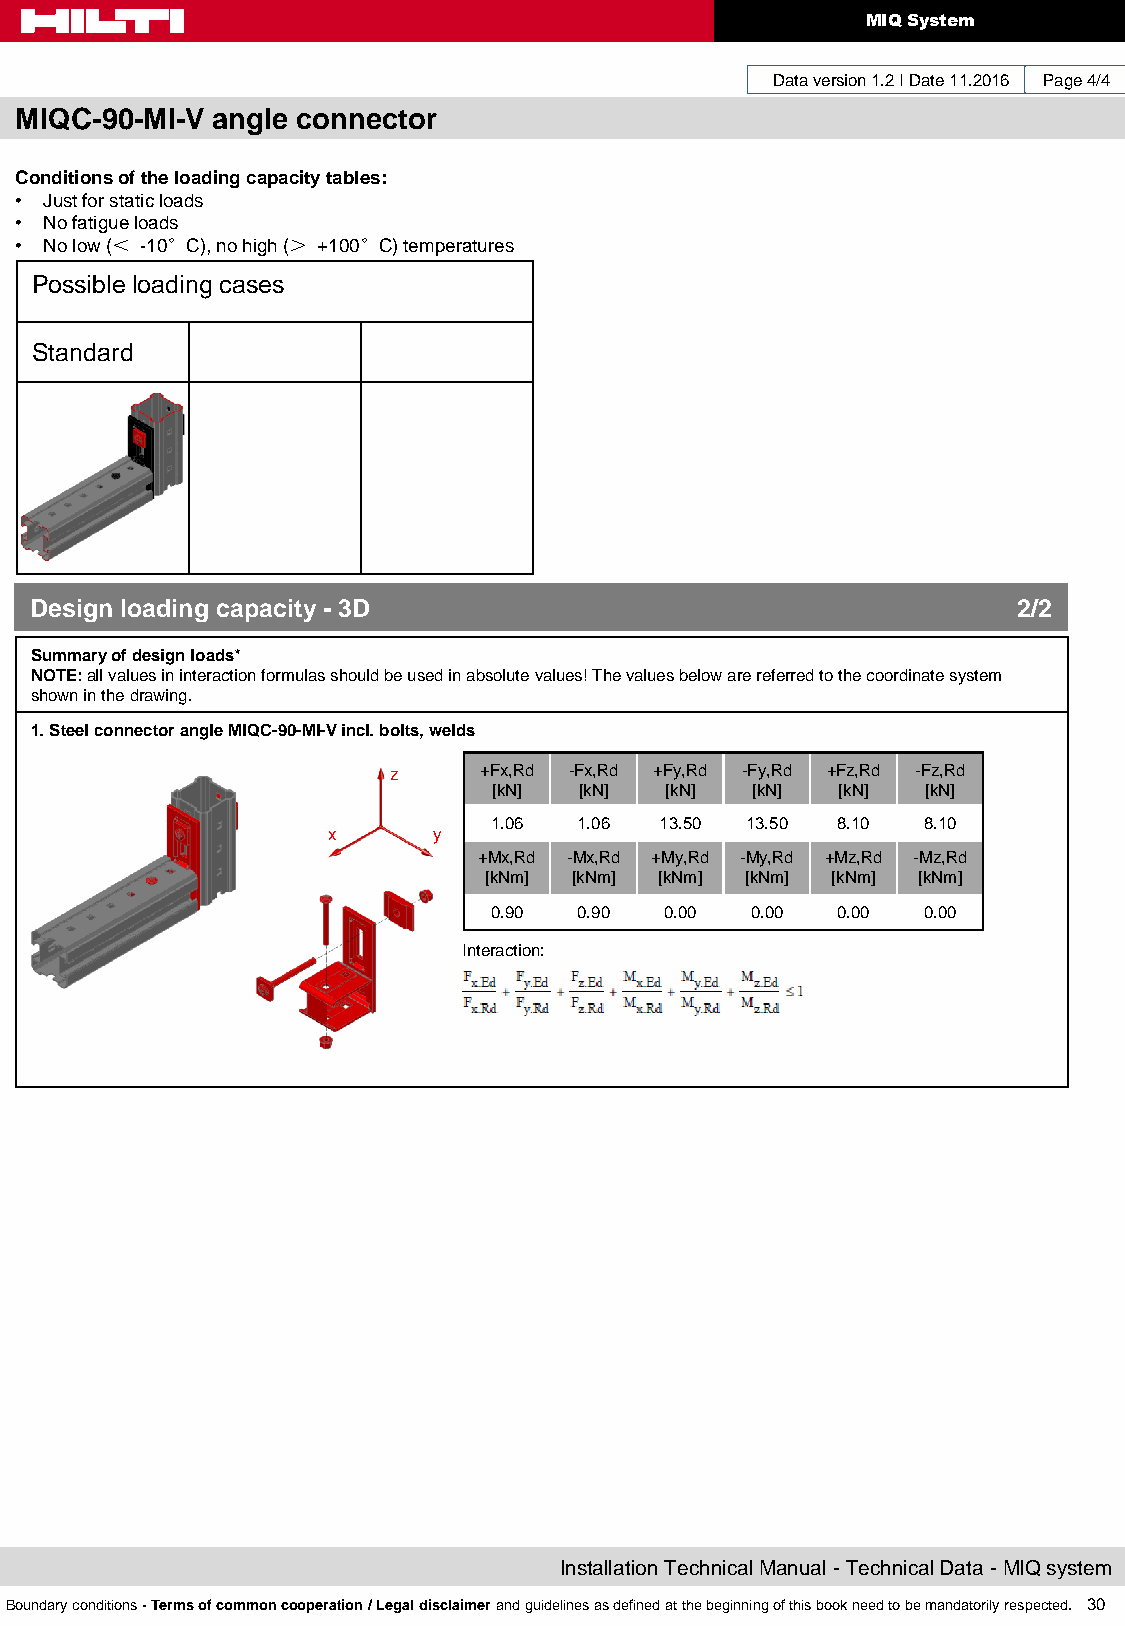
MIQ System
 Data version 1.2 I Date 11.2016 Page 4/4
 MIQC-90-MI-V angle connector
 Conditions of the loading capacity tables:
 • Just for static loads
 • No fatigue loads
 • No low (＜ -10°C), no high (＞ +100°C) temperatures
 Possible loading cases
 Standard
 Design loading capacity - 3D                                     2/2
 Summary of design loads*
 NOTE: all values in interaction formulas should be used in absolute values! The values below are referred to the coordinate system
 shown in the drawing.
 1. Steel connector angle MIQC-90-MI-V incl. bolts, welds
 z     +Fx,Rd -Fx,Rd +Fy,Rd -Fy,Rd +Fz,Rd -Fz,Rd
 [kN] [kN]  [kN]  [kN]  [kN] [kN]
 1.06  1.06  13.50 13.50 8.10 8.10
 x      y
 +Mx,Rd -Mx,Rd +My,Rd -My,Rd +Mz,Rd -Mz,Rd
 [kNm] [kNm] [kNm] [kNm] [kNm] [kNm]
 0.90  0.90  0.00  0.00 0.00  0.00
 Interaction:
 Installation Technical Manual - Technical Data - MIQ system
 Boundary conditions - Terms of common cooperation / Legal disclaimer and guidelines as defined at the beginning of this book need to be mandatorily respected. 30